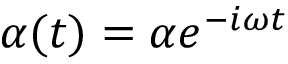
\alpha ( t ) = \alpha e ^ { - i \omega t }